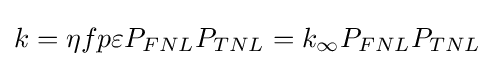
k=\eta fp\varepsilon P_{FNL}P_{TNL}=k_{\infty }P_{FNL}P_{TNL}